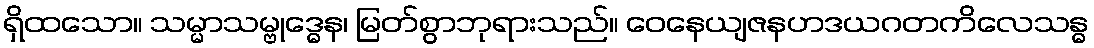
ရှိထသော။ သမ္မာသမ္ဗုဒ္ဓေန၊ မြတ်စွာဘုရားသည်။ ဝေနေယျဇနဟဒယဂတကိလေသန္ဓ